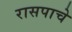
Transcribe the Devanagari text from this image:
रासपाचे